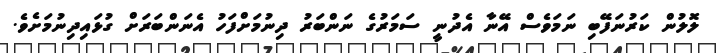
ލޮލުން ކަރުނަފޭބި ނަމަވެސް އޭނާ އެދުނީ ސަމަރުގެ ނަންބަރު ދިނުމަށްފަހު އެނަންބަރަށް ގުޅައިދިނުމަށެވެ.